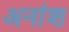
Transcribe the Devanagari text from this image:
अनांश